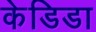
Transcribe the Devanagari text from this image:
केडिडा